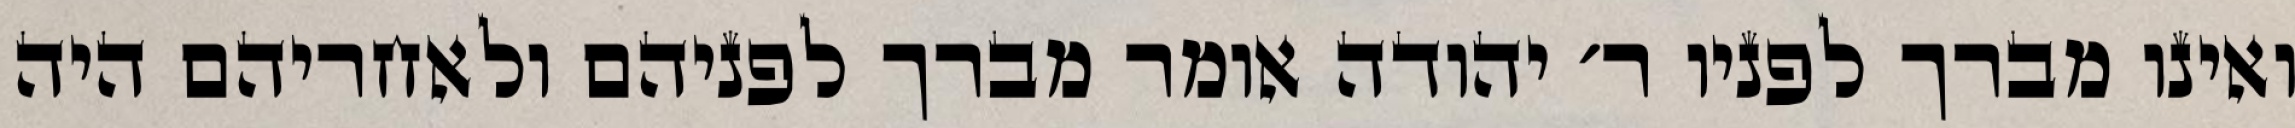
ואינו מברך לפניו ר׳ יהודה אומר מברך לפניהם ולאחריהם היה